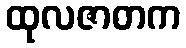
ထုလဇာတက